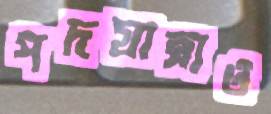
পদযাত্রাও